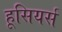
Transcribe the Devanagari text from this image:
हूसियर्स